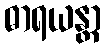
ဓာရယန္တာ